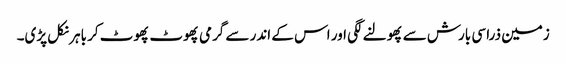
زمین ذرا سی بارش سے پھولنے لگی اور اس کے اندر سے گرمی پھوٹ پھوٹ کر باہر نکل پڑی۔